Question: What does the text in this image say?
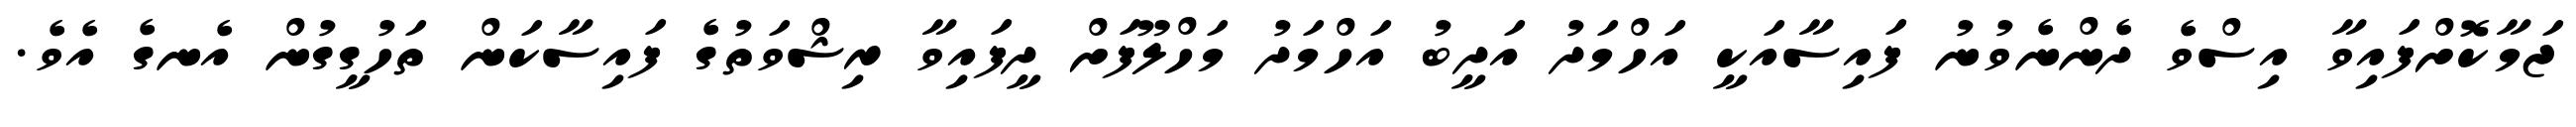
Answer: ޖަމާކޮށްފައިވާ އިސްވެ ދެންނެވުނު ފައިސާއަކީ އަހްމަދު އަދީބު އަހްމަދު މަހްލޫފަށް ދީފައިވާ ރިޝްވަތުގެ ފައިސާކަން ތަހުގީގުން އެނގެ އެވެ.